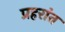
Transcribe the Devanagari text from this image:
प्रहरांत